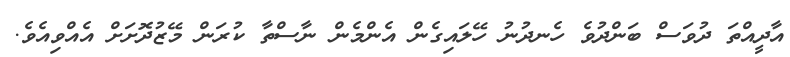
އާދީއްތަ ދުވަސް ބަންދުވެ ހެނދުނު ހޭލައިގެން އެންމެން ނާސްތާ ކުރަން މޭޒުދޮށަށް އެއްވިއެވެ.